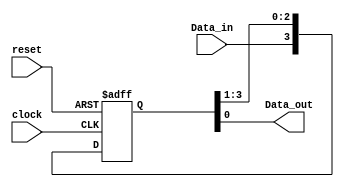
module shift_reg4(output Data_out, input Data_in, clock, reset);
reg [3:0] Data_reg;
assign Data_out = Data_reg[0];

always @ (negedge reset or posedge clock)
if (reset == 1'b0) Data_reg <= 4'b0000;
else Data_reg <= {Data_in, Data_reg[3:1]};
endmodule